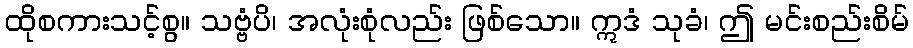
ထိုစကားသင့်စွ။ သဗ္ဗံပိ၊ အလုံးစုံလည်း ဖြစ်သော။ ဣဒံ သုခံ၊ ဤ မင်းစည်းစိမ်